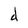
Character: d